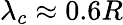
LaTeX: \lambda_{c}\approx 0.6R